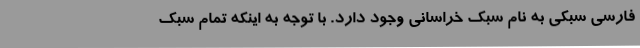
فارسی سبکی به نام سبک خراسانی وجود دارد. با توجه به اینکه تمام سبک